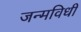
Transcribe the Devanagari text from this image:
जन्मविधी